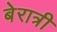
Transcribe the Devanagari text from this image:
बेरात्री